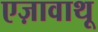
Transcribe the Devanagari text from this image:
एज़ावाथू